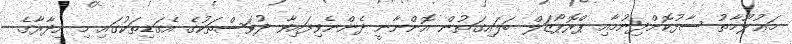
މަޢުލޫމާތު ސާފުކޮށްދިނުމާއި ޕްރޮޕޯޒަލް ބަލައިގަތުން އޮންނާނީ ދެންނެވިފައިވާ ދުވަސްތަކުގެ އެގަޑިތަކުގައި މި އިދާރާގެ